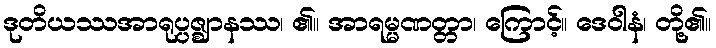
ဒုတိယဿအာရုပ္ပဇ္ဈာနဿ၊ ၏။ အာရမ္မဏတ္တာ၊ ကြောင့်။ ဒေဝါနံ၊ တို့၏။